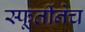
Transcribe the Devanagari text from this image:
स्फूर्तीनेच